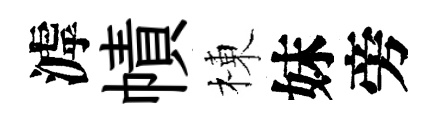
滹幘棟妹旁